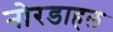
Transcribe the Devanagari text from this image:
नोरडाहल